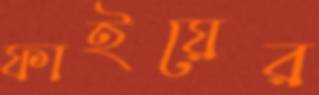
ফাইয়ের